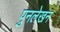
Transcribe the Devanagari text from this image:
पुनलेखन